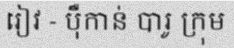
រៀវ - ប៉ឺកាន់ បារូ ក្រុម